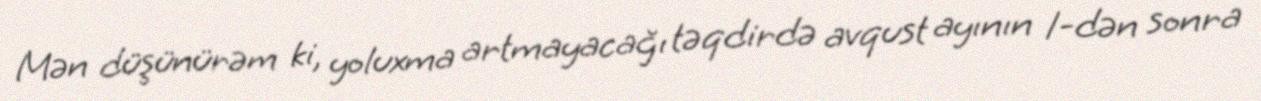
Mən düşünürəm ki, yoluxma artmayacağı təqdirdə avqust ayının 1-dən sonra